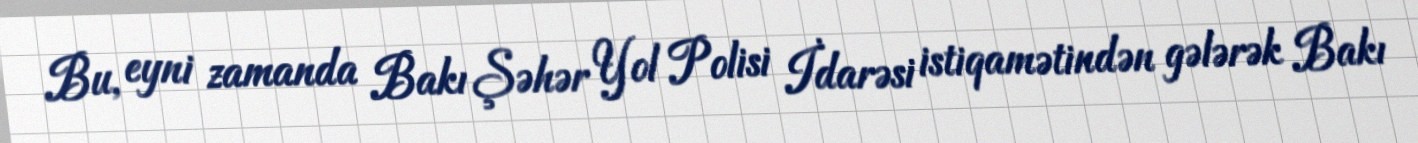
Bu, eyni zamanda Bakı Şəhər Yol Polisi İdarəsi istiqamətindən gələrək Bakı